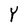
Character: Y